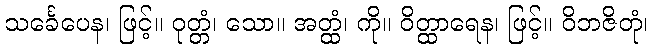
သင်္ခေပေန၊ ဖြင့်။ ဝုတ္တံ၊ သော။ အတ္ထံ၊ ကို။ ဝိတ္ထာရေန၊ ဖြင့်။ ဝိဘဇိတုံ၊